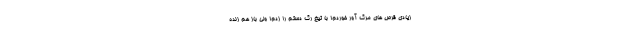
زیادی قرص های مرگ آور خوردم! با تیغ رگ دستم را زدم! ولی باز هم زنده